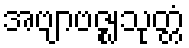
အဗျာဗဇ္ဈသုတ္တံ